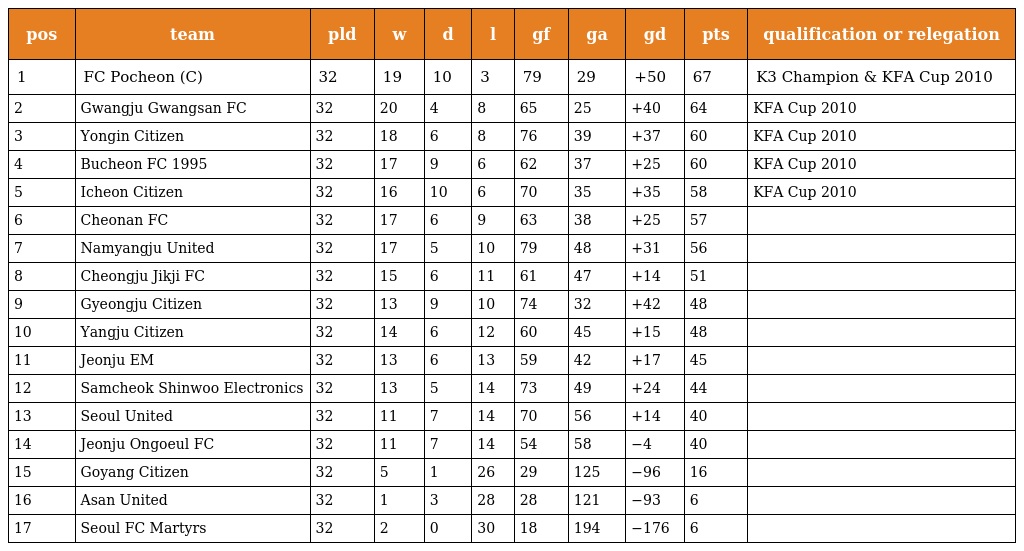
| pos | team | pld | w | d | l | gf | ga | gd | pts | qualification or relegation |
 | --- | --- | --- | --- | --- | --- | --- | --- | --- | --- | --- |
 | 1 | FC Pocheon (C) | 32 | 19 | 10 | 3 | 79 | 29 | +50 | 67 | K3 Champion & KFA Cup 2010 |
 | 2 | Gwangju Gwangsan FC | 32 | 20 | 4 | 8 | 65 | 25 | +40 | 64 | KFA Cup 2010 |
 | 3 | Yongin Citizen | 32 | 18 | 6 | 8 | 76 | 39 | +37 | 60 | KFA Cup 2010 |
 | 4 | Bucheon FC 1995 | 32 | 17 | 9 | 6 | 62 | 37 | +25 | 60 | KFA Cup 2010 |
 | 5 | Icheon Citizen | 32 | 16 | 10 | 6 | 70 | 35 | +35 | 58 | KFA Cup 2010 |
 | 6 | Cheonan FC | 32 | 17 | 6 | 9 | 63 | 38 | +25 | 57 |  |
 | 7 | Namyangju United | 32 | 17 | 5 | 10 | 79 | 48 | +31 | 56 |  |
 | 8 | Cheongju Jikji FC | 32 | 15 | 6 | 11 | 61 | 47 | +14 | 51 |  |
 | 9 | Gyeongju Citizen | 32 | 13 | 9 | 10 | 74 | 32 | +42 | 48 |  |
 | 10 | Yangju Citizen | 32 | 14 | 6 | 12 | 60 | 45 | +15 | 48 |  |
 | 11 | Jeonju EM | 32 | 13 | 6 | 13 | 59 | 42 | +17 | 45 |  |
 | 12 | Samcheok Shinwoo Electronics | 32 | 13 | 5 | 14 | 73 | 49 | +24 | 44 |  |
 | 13 | Seoul United | 32 | 11 | 7 | 14 | 70 | 56 | +14 | 40 |  |
 | 14 | Jeonju Ongoeul FC | 32 | 11 | 7 | 14 | 54 | 58 | −4 | 40 |  |
 | 15 | Goyang Citizen | 32 | 5 | 1 | 26 | 29 | 125 | −96 | 16 |  |
 | 16 | Asan United | 32 | 1 | 3 | 28 | 28 | 121 | −93 | 6 |  |
 | 17 | Seoul FC Martyrs | 32 | 2 | 0 | 30 | 18 | 194 | −176 | 6 |  |